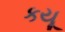
કયૂ